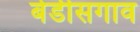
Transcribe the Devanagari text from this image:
बेडीसगाव